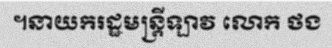
។នាយករដ្ឋមន្ត្រីឡាវ លោក ថង